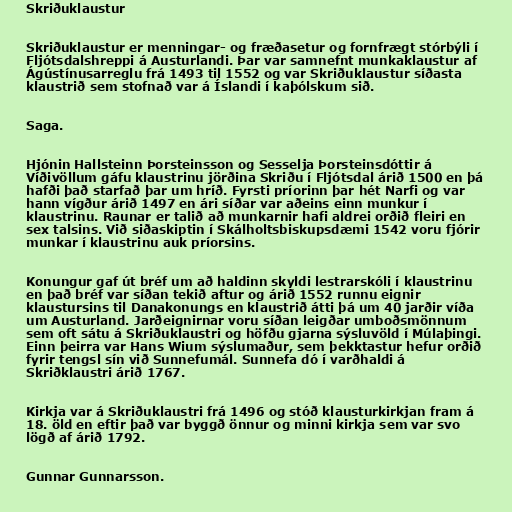
Skriðuklaustur

Skriðuklaustur er menningar- og fræðasetur og fornfrægt stórbýli í
Fljótsdalshreppi á Austurlandi. Þar var samnefnt munkaklaustur af
Ágústínusarreglu frá 1493 til 1552 og var Skriðuklaustur síðasta
klaustrið sem stofnað var á Íslandi í kaþólskum sið.

Saga.

Hjónin Hallsteinn Þorsteinsson og Sesselja Þorsteinsdóttir á
Víðivöllum gáfu klaustrinu jörðina Skriðu í Fljótsdal árið 1500 en þá
hafði það starfað þar um hríð. Fyrsti príorinn þar hét Narfi og var
hann vígður árið 1497 en ári síðar var aðeins einn munkur í
klaustrinu. Raunar er talið að munkarnir hafi aldrei orðið fleiri en
sex talsins. Við siðaskiptin í Skálholtsbiskupsdæmi 1542 voru fjórir
munkar í klaustrinu auk príorsins.

Konungur gaf út bréf um að haldinn skyldi lestrarskóli í klaustrinu
en það bréf var síðan tekið aftur og árið 1552 runnu eignir
klaustursins til Danakonungs en klaustrið átti þá um 40 jarðir víða
um Austurland. Jarðeignirnar voru síðan leigðar umboðsmönnum
sem oft sátu á Skriðuklaustri og höfðu gjarna sýsluvöld í Múlaþingi.
Einn þeirra var Hans Wium sýslumaður, sem þekktastur hefur orðið
fyrir tengsl sín við Sunnefumál. Sunnefa dó í varðhaldi á
Skriðklaustri árið 1767.

Kirkja var á Skriðuklaustri frá 1496 og stóð klausturkirkjan fram á
18. öld en eftir það var byggð önnur og minni kirkja sem var svo
lögð af árið 1792.

Gunnar Gunnarsson.